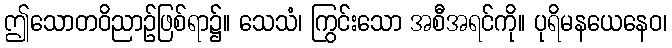
ဤသောတဝိညာဉ်ဖြစ်ရာ၌။ သေသံ၊ ကြွင်းသော အစီအရင်ကို။ ပုရိမနယေနေဝ၊